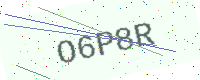
Text: O6P8R